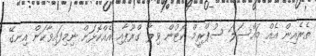
ތެރެއިން އެއް މައްސަލަ ސުޕްރީމް ކޯޓުން ވިލާ ގްރޫޕާއި އެއްކޮޅަށް ނިމިފައިވާކަން އިނގޭ